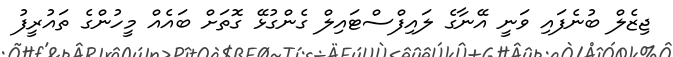
ޖިޒެލް ބުނެފައި ވަނީ އޭނާގެ ލައިފްސްޓައިލް ގެންގުޅޭ ގޮތަށް ބައެއް މީހުންގެ ތައުރީފު